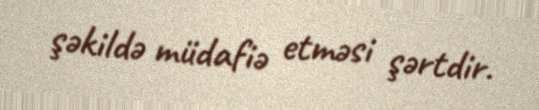
şəkildə müdafiə etməsi şərtdir.